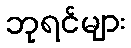
ဘုရင်များ